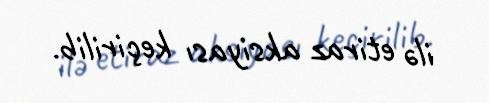
ilə etiraz aksiyası keçirilib.